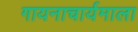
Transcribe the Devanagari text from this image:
गायनाचार्यमाला